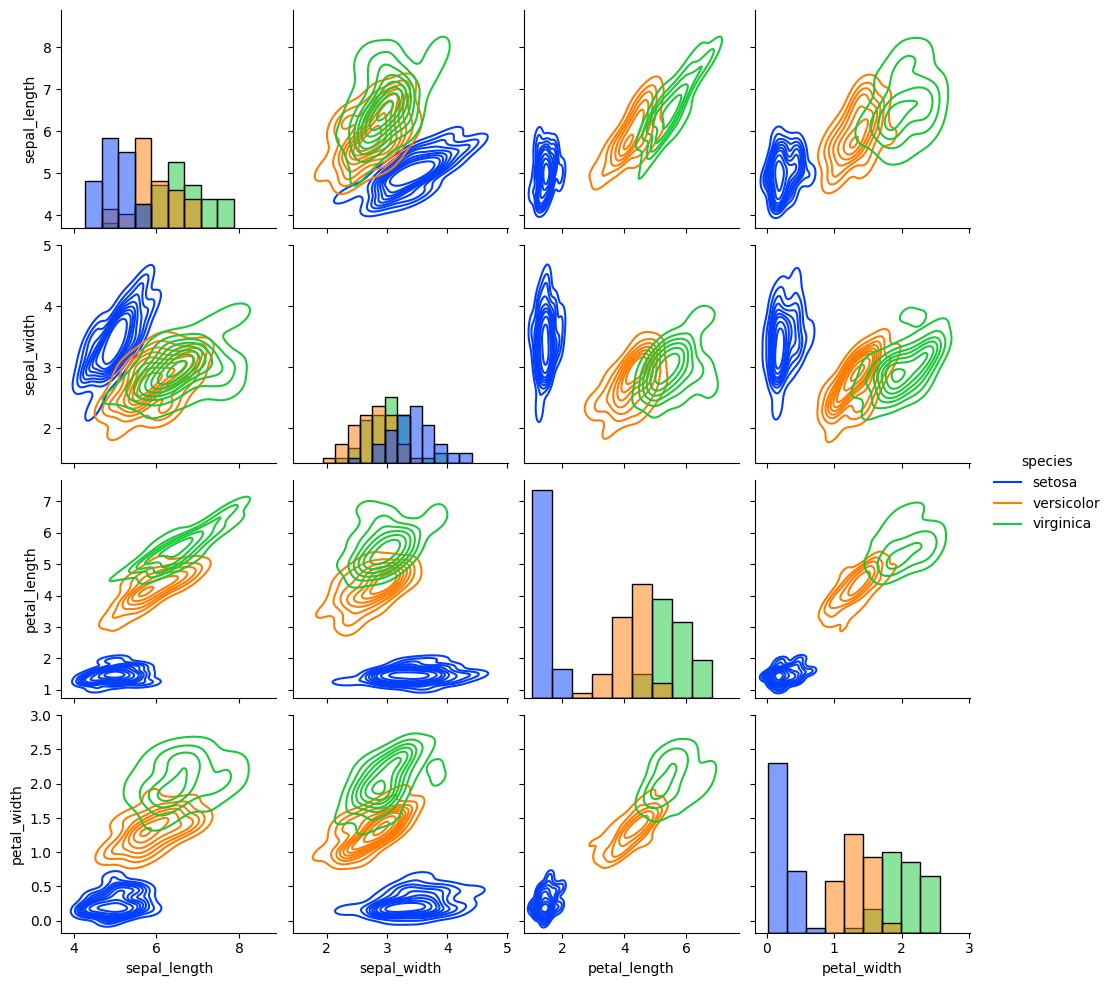
python, seaborn, pairplot, palette='bright', markers=['o', 's', 'D'], kind='kde', diag_kind='hist'